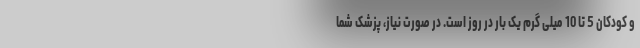
و کودکان 5 تا 10 میلی گرم یک بار در روز است. در صورت نیاز، پزشک شما